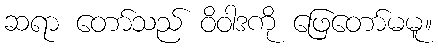
ဆရာ တော်သည် ဝိဝါဒကို ဖြေတော်မမူ။